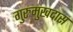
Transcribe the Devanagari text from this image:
गुरुमुखदास